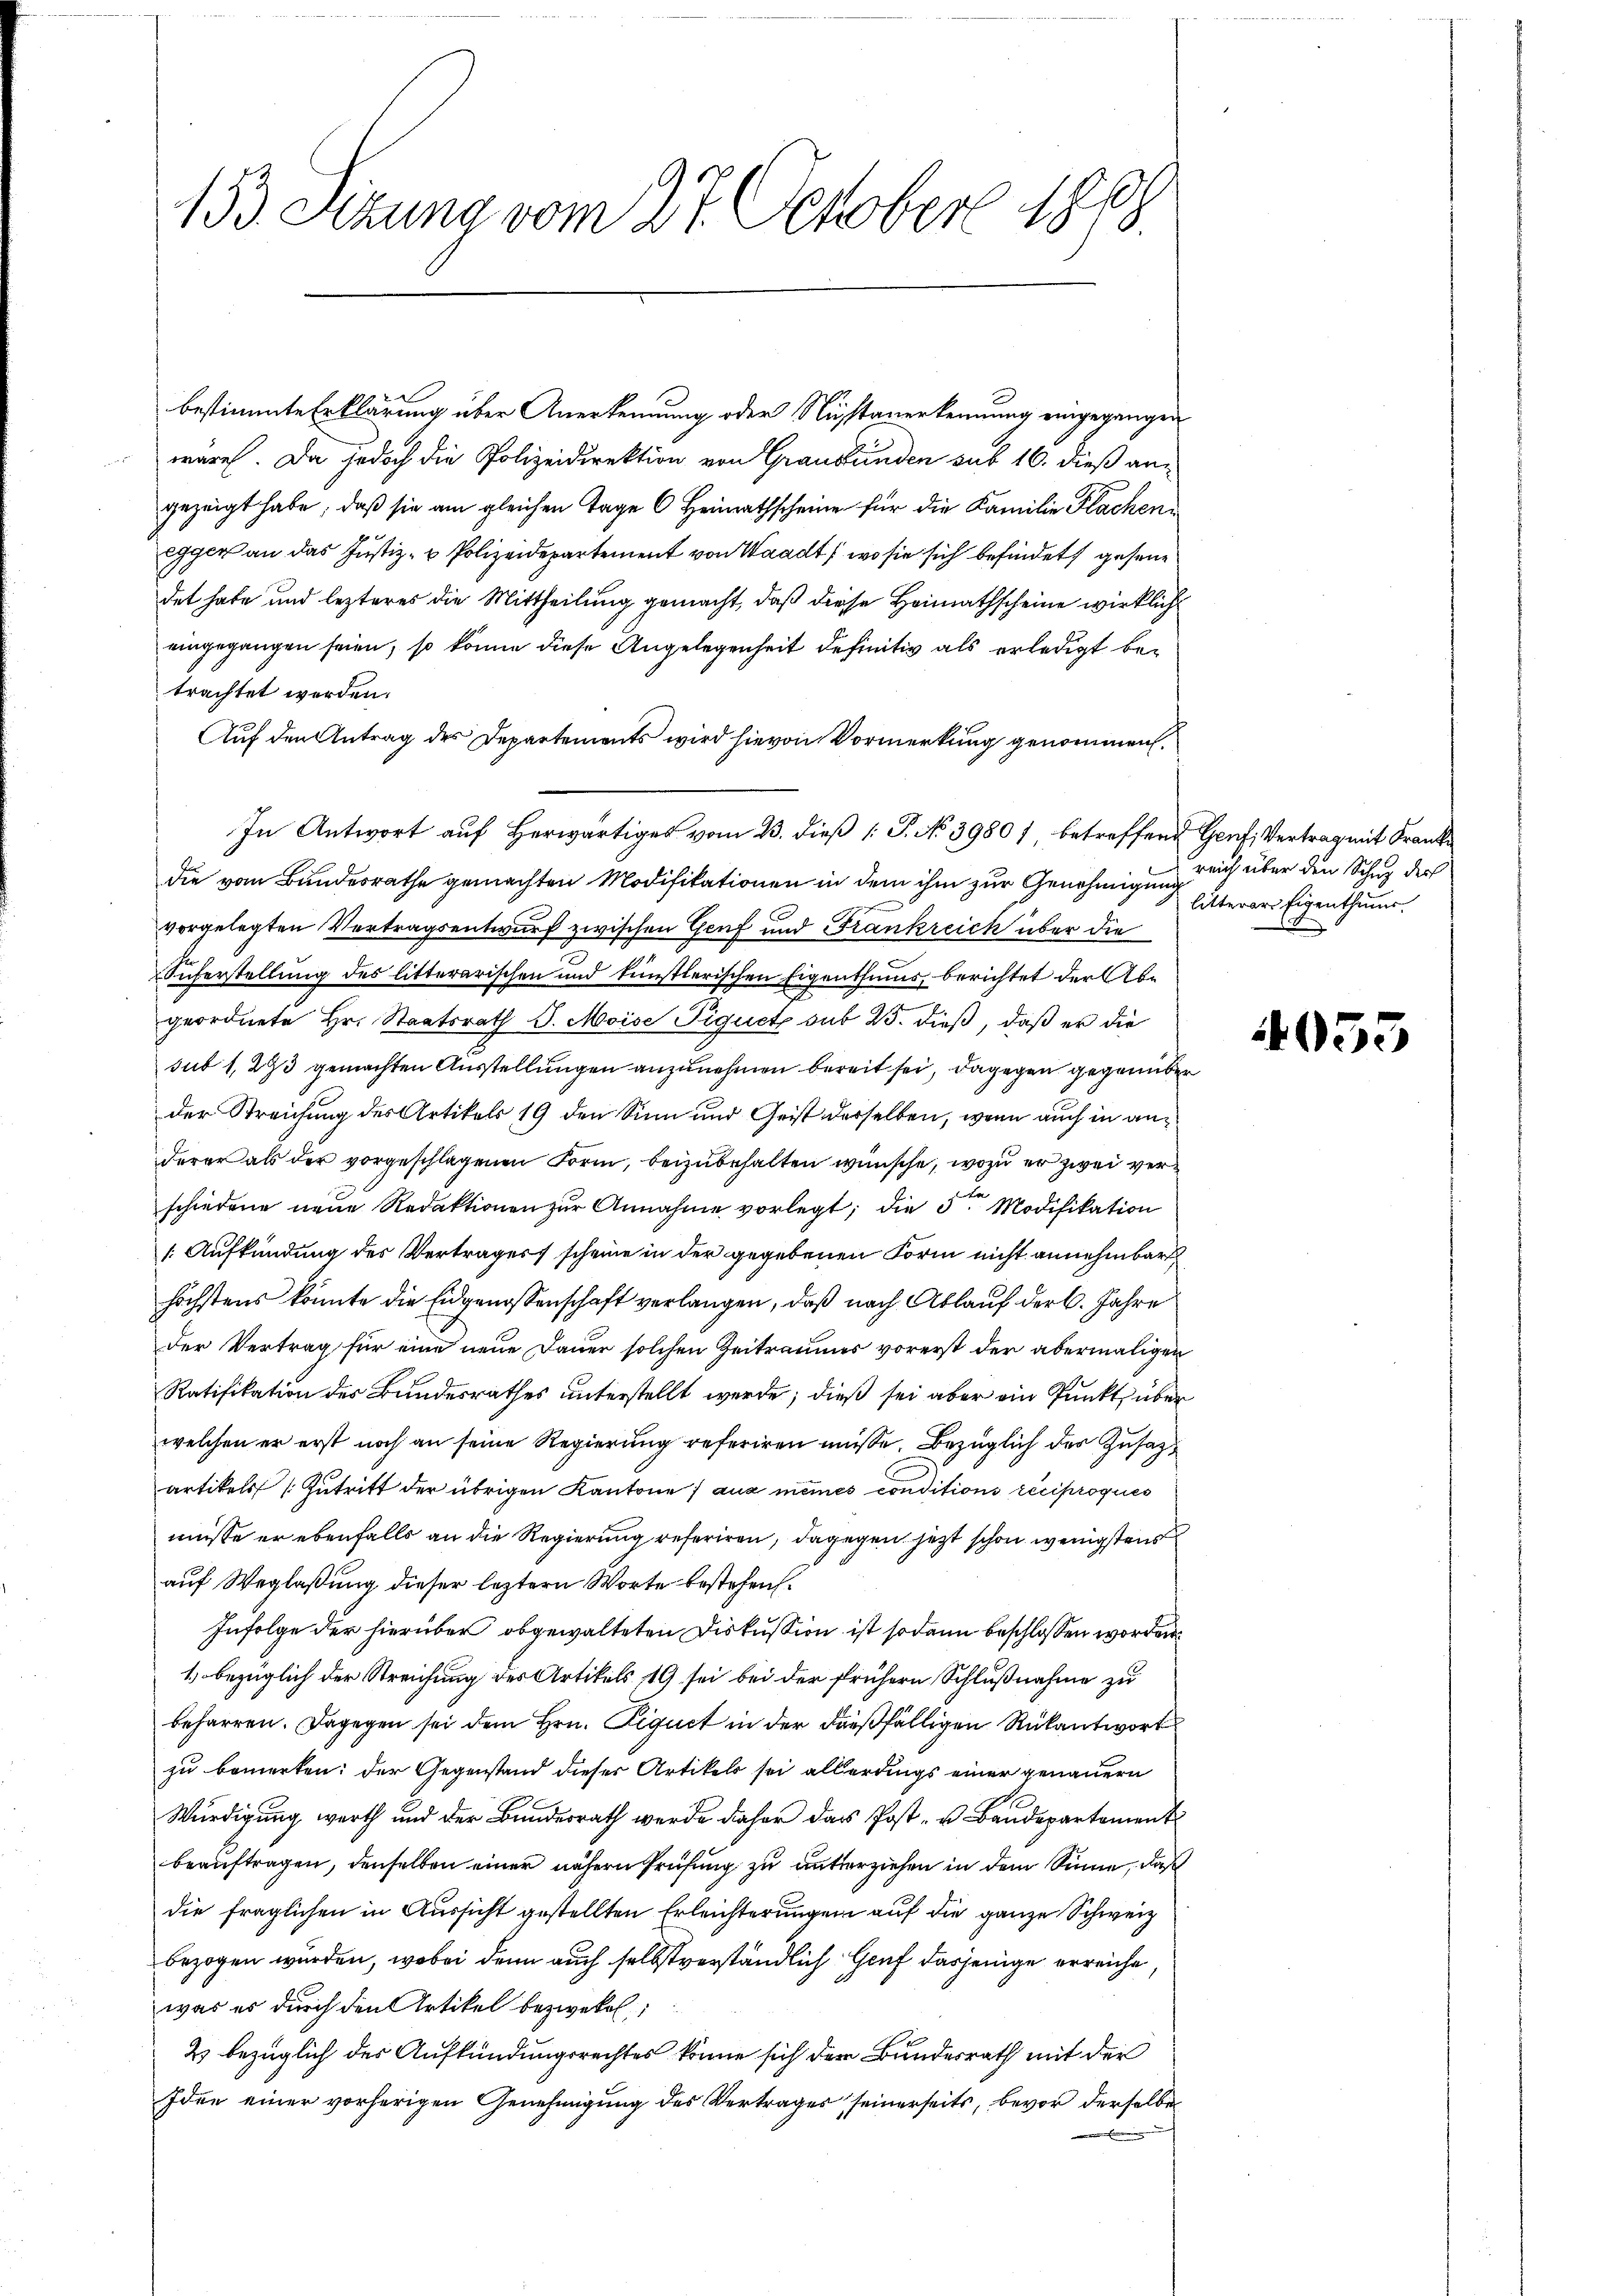
153 Sizung vom 27. October 1860

2
bestimmte Erklärung über Anerkennung oder Nusstanerkennung eingegangen
wäre. Da jedoch die Polizeidirektion von Graubünden sub 16. dieß angezeigt habe, daß sie am gleichen Tage 6 Heimathscheine für die Familie Flachen
egger an das Justiz- u Polizeidepartement von Waadt, wo sie sich befindet gesen
det habe und lezteres die Mittheilung gemacht, daß diese Heimathscheine wirkliche
eingegangen seien, so könne diese Angelegenheit definitiv als erledigt betrachtet werden.
Auf den Antrag des Departements wird hievon Vormerkung genommen.
In Antwort auf Herwärtiges vom 23. dieß P. No. 39801 betreffene Genf, Vertrag mit Kranke
die vom Bundesrathe gemachten Modifikationen in dem ihm zur Genehmigung
vorgelegten Vertragsentwurf zwischen Genf und Frankreich über die
Sicherstellung des litterarischen und künstlerischen Eigenthums, berichtet der Abgeordnete Hr. Staatsrath J. Moise Piquet sub 25. dieß, daß er die
sub 1, 293 gemachten Ausstellungen anzunehmen bereit sei, dagegen gegenüber
der Streichung des Artikels 19 den Sinn und Geist derselben, wenn auch in anderer als der vorgeschlagenen Form, beizubehalten wünsche, wozu er zwei verschiedene neue Redaktionen zur Annahme vorlegt; die 5ten Modifikation
1. Aufkündung des Vertrages scheine in der gegebenen Form nicht annehmbar
höchstens könnte die Eidgenossenschaft verlangen, daß nach Ablauf der 6. Jahre
der Vertrag für eine neue Dauer solchen Zeitraumes vorerst der abermaligen
Ratifikation des Bundesrathes unterstellt werde; dieß sei aber ein Punkt über
welchen er erst noch an seine Regierung referiren müsse. Bezüglich der Zusatz
artikels Zutritt der übrigen Kantone aus meines conditions reciproques
müsse er ebenfalls an die Regierung referiren, dagegen jetzt schon wenigstens
auf Weglaßung dieser leztern Worte bestehen.
Infolge der hierüber obgewalteten Diskussion ist sodann beschlossen worden.
1., bezüglich der Streichung des Artikels 19 sei bei der frühern Schlußnahme zu
beharren. Dagegen sei dem Hrn. Piquct in der dießfälligen Rükantwort
zu bemerken: der Gegenstand dieser Artikels sei allerdings einer genauern
Würdigung werth und der Bundesrath werde daher das Post- u. Baŭdepartement
beauftragen, denselben einer nähern Prüfung zu unterziehen in dem Sinne, daß
die fraglichen in Aussicht gestellten Erleichterungen auf die ganze Schweiz
bezogen würden, wobei denn auch selbstverständlich Genf dasjenige erreiche,
was es durch den Artikel bezwekel,
2 bezüglich des Aufkündungsrechtes könne sich der Bundesrath mit der
Idee einer vorherigen Genehmigung des Vertrages seinerseits, bevor derselbe

reich über den Schuz der
litterer Eigenthums

4053